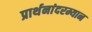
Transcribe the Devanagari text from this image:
प्रार्थनांदरम्यान